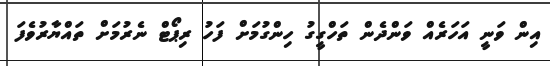
އިން ވަނީ އަހަރެއް ވަންދެން ތަހްގީގު ހިންގުމަށް ފަހު ރިޕޯޓް ނެރުމަށް ތައްޔާރުވެފަ